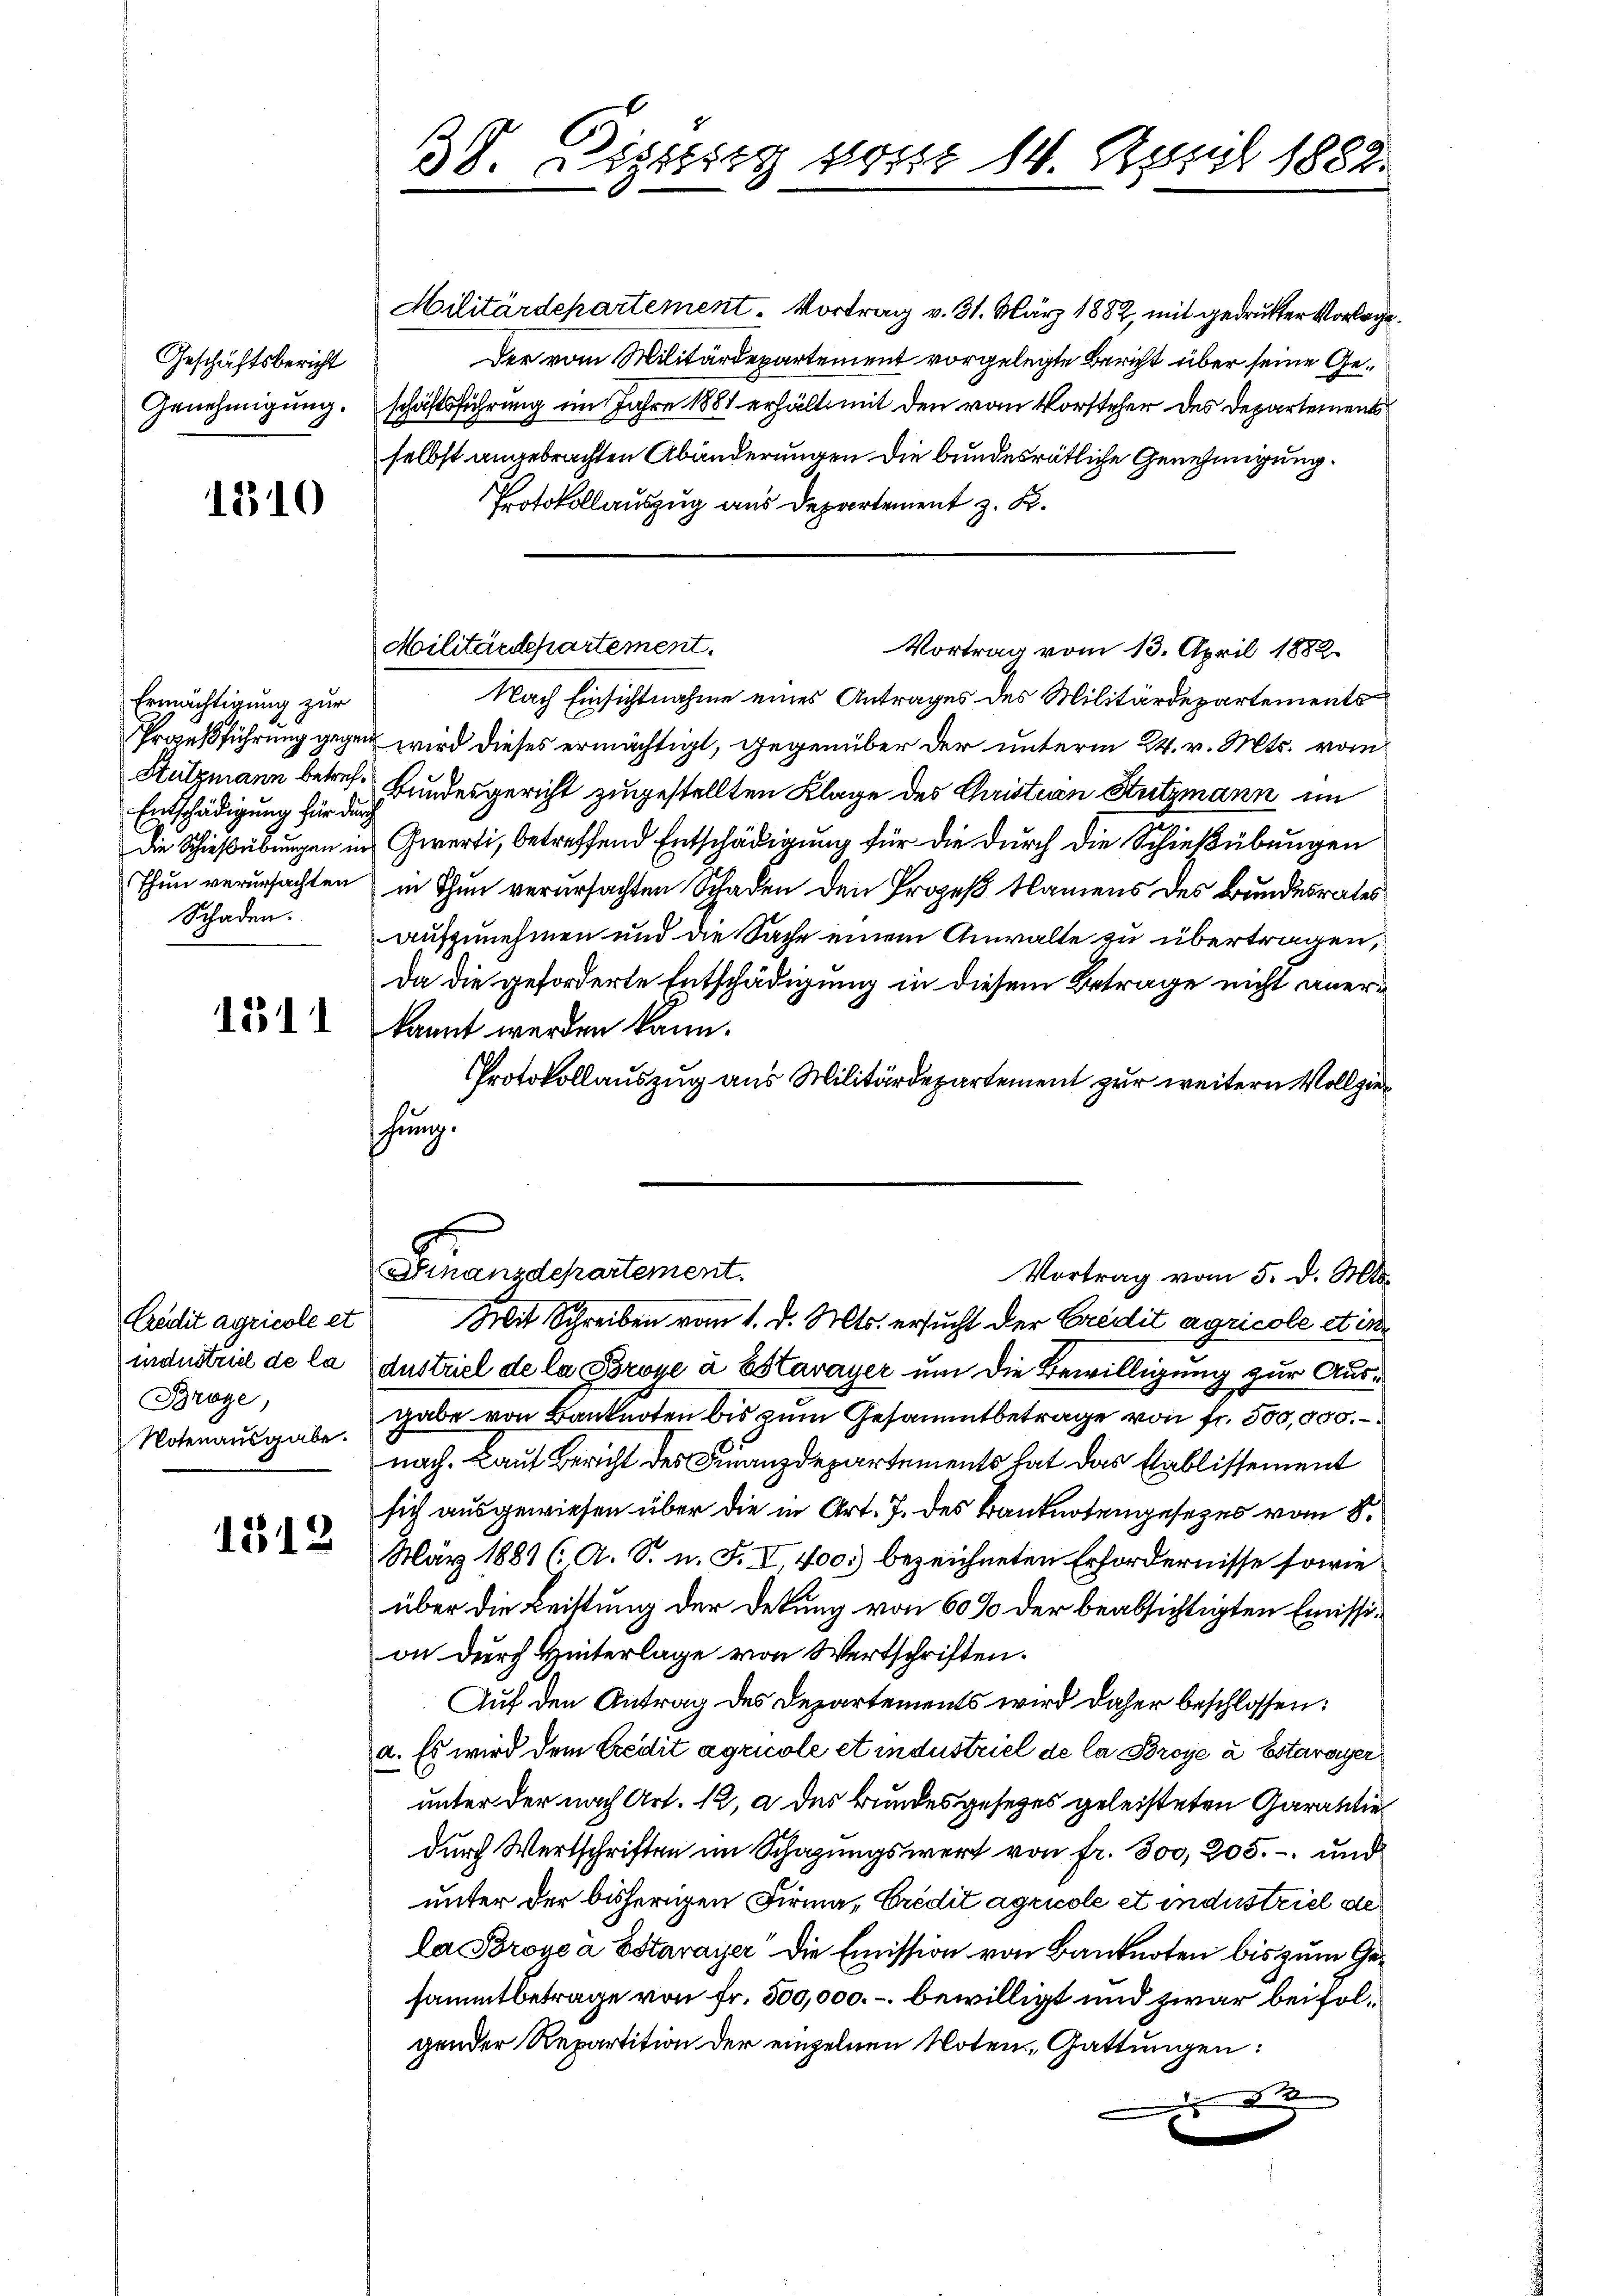
Geschäftsbericht
Genehmigung.

1310

Ermächtigung zur
Entschädigung für durch
Schaden.

1311

Credit agricole et
industriel de la
Bröge,
Notenausgabe.

1312

38. Dissig von 14. April 1882.

selbst angebrachten Abänderungen die bundesrätliche Genehmigung.
Protokollauszug aus Departement z. K.
Nach Einsichtnahme eines Antrages des Militärdepartements
Prozeßführung gegen wird dieses ermächtigt, gegenüber der unterm 24. v. Mts. vom
Hulzmann betref. Bundesgericht zugestellten Klage des Christian Stutzmann im
Die Schießübungen in Zwerti, betreffend Entschädigung für die durch die Schießübungen
Thun verursachten in Thun verursachten Schaden den Prozeß Namens des Bundesrates
aufzunehmen und die Sache einem Anwalte zu übertragen,
Da die geforderte Entschädigung in diesem Betrage nicht anerkannt werden kann.
Protokollauszug aus Militärdepartement zur weitern Vollzieschung.
Finanzdepartement.
Vortrag vom 5. d. Mts.
Mit Schreiben vom 1. d. Mts. ersucht der Credit agricole et in¬
Austriel de la Poroye à Estavayer um die Bewilligung zur Ausgabe von Banknoten bis zum Gesammtbetrage von fr. 500,000.
nach. Lauf Bericht der Finanzdepartements hat das Etablissement
sich ausgewiesen über die in Art. J. des Banknotengesetzes vom 8.
März 1881 (A. S. n. F. II, 400.) bezeichneten Erfordernisse sowie
über die Leistung der Dekung von 60% der beabsichtigten Emission durch Hinterlage von Wertschriften.
Auf den Antrag des Departements wird daher beschlossen:
a. Es wird dem Credit agricole et industriel de la Broye à Estavayer
unter der nach Art. 12, a des Bundesgesetzes geleisteten Garantie
durch Wertschriften im Schazungswert von fr. 300, 205. - und
unter der bisherigen Firma, Credit agricole et industriel de
la Broye à Estavayer die Emission von Banknoten bis zum Gesammtbetrage von fr. 500,000.- bewilligt und zwar beifolgender Repartition der einzelnen Noten, Gattungen:

Militärdepartement.
Vortrag vom 13. April 1882.

Militärdepartement. Vortrag v. 31. März 1882, mit gedruckter Vorlage
Der vom Militärdepartement vorgelegte Bericht über seine Geschäftsführung im Jahre 1881 erhält mit den vom Vorsteher des Departements